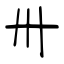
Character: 卅